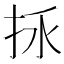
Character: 𢫢